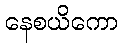
နေစယိကော